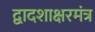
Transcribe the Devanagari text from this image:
द्वादशाक्षरमंत्र